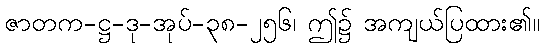
ဇာတက-ဋ္ဌ-ဒု-အုပ်-၃၈-၂၅၆၊ ဤ၌ အကျယ်ပြထား၏။